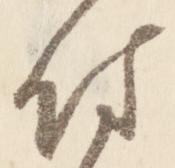
付